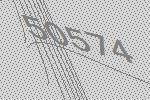
50574